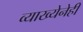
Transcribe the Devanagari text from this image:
व्याख्येनेही